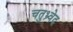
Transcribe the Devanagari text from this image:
चतुभ्र्वेद